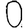
Digit: 0